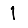
Digit: 1